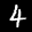
Label: 4